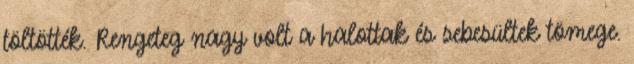
töltötték. Rengeteg nagy volt a halottak és sebesültek tömege.